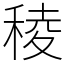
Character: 稜